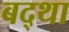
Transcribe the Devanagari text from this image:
बद्था